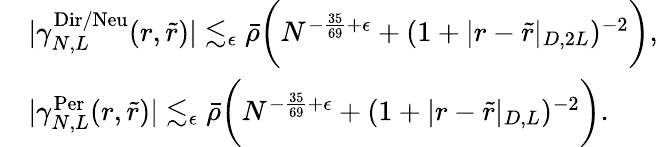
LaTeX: \begin{array}{rl}&{|\gamma_{N,L}^{\textnormal{Dir/Neu}}(r,\tilde{r})|\lesssim_{\epsilon}\bar{\rho}\biggr(N^{-\frac{35}{69}+\epsilon}+(1+|r-\tilde{r}|_{D,2L})^{-2}\biggl),}\\ &{|\gamma_{N,L}^{\textnormal{Per}}(r,\tilde{r})|\lesssim_{\epsilon}\bar{\rho}\biggr(N^{-\frac{35}{69}+\epsilon}+(1+|r-\tilde{r}|_{D,L})^{-2}\biggl).}\end{array}